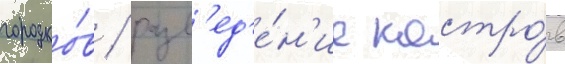
городко́в / разв'ед'е́н'ие костро́в